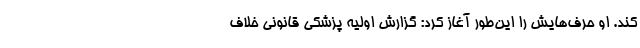
کند. او حرف‌هایش را این‌طور آغاز کرد: گزارش اولیه پزشکی قانونی خلاف